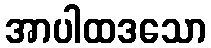
အာပါထဒသော